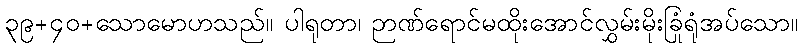
၃၉+၄၀+သောမောဟသည်။ ပါရုတာ၊ ဉာဏ်ရောင်မထိုးအောင်လွှမ်းမိုးခြုံရုံအပ်သော။